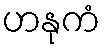
ဟနုကံ